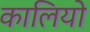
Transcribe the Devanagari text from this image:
कालियो